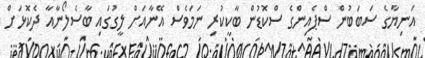
އަނިޔާގެ ސަބަބުން ސްޕެއިންގެ ސްކޮޑުން ބާކީކުރި ނަމަވެސް އޭނާއަށް ލީގުގައި ބާސެލޯނާއާ ދެކޮޅަށް